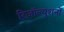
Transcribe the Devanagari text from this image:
रिज़ॉल्यूशनों